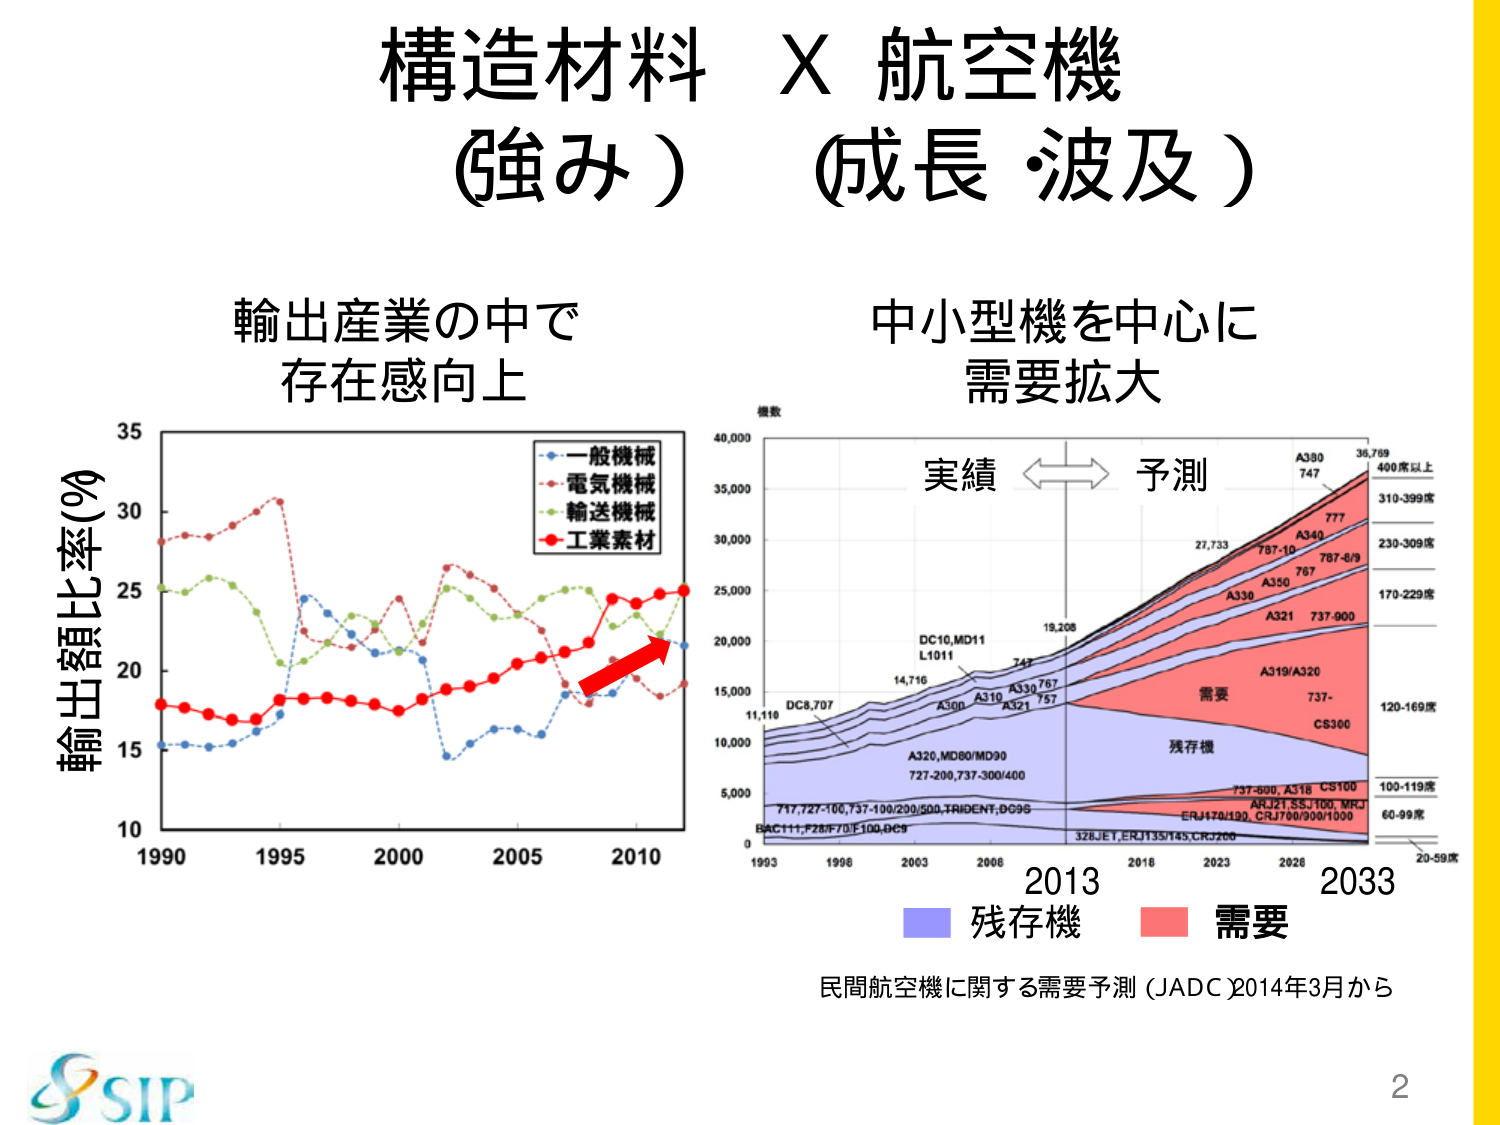
構造材料 × 航空機
(強み) (成長・波及)

輸出産業の中で
存在感向上

中小型機を中心に
需要拡大

輸出額比率(%)
1990 1995 2000 2005 2010
一般機械
電気機械
輸送機械
工業素材

機数
40,000
35,000
30,000
25,000
20,000
15,000
10,000
5,000
0
1993 1996 2003 2008 2016 2023 2028 2033
DC8,707
11,110
DC10,MD11
L1011
14,716
747
19,208
27,733
36,769
A380
747
400席以上
310-399席
A340
777
230-309席
787-10
787-8/9
A350
A330
170-229席
A321
737-900
A319/A320
120-169席
737-
CS360
100-119席
737-800, A318, CS100
ARJ21, SSJ100, MRJ
ERJ170/190, CRJ700/900/1000
60-99席
20-59席
A320, MD80/MD90
727-200, 737-300/400
717, 727-100, 737-100/200/500, TRIDENT, DC9S
BAC111, F28/F70/F100, DC9
328, JE1, ERJ135/145, CRJ200
A360
A310
A321
757
A330
767
需要
残存機

実績 ←→ 予測

2013 2033
残存機 需要

民間航空機に関する需要予測（JADC 2014年3月から

SIP
2